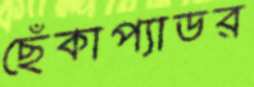
ছেঁকাপ্যাডর